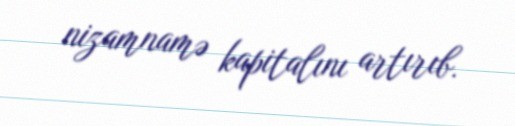
nizamnamə kapitalını artırıb.